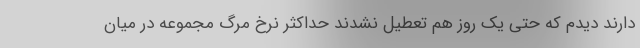
دارند دیدم که حتی یک روز هم تعطیل نشدند حداکثر نرخ مرگ مجموعه در میان